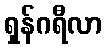
ရှန်ဂရီလာ